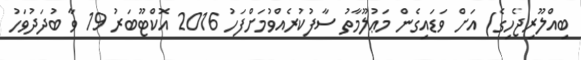
ބިއްލޫރިޖެހިގެ) އަށް ވަޑައިގެން މަޢުލޫމާތު ސާފުކުރެއްވުމަށްފަހު 2016 އޮކްޓޫބަރު 19 ވާ ބުދަދުވަހު